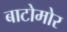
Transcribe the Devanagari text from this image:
बाटोमोर